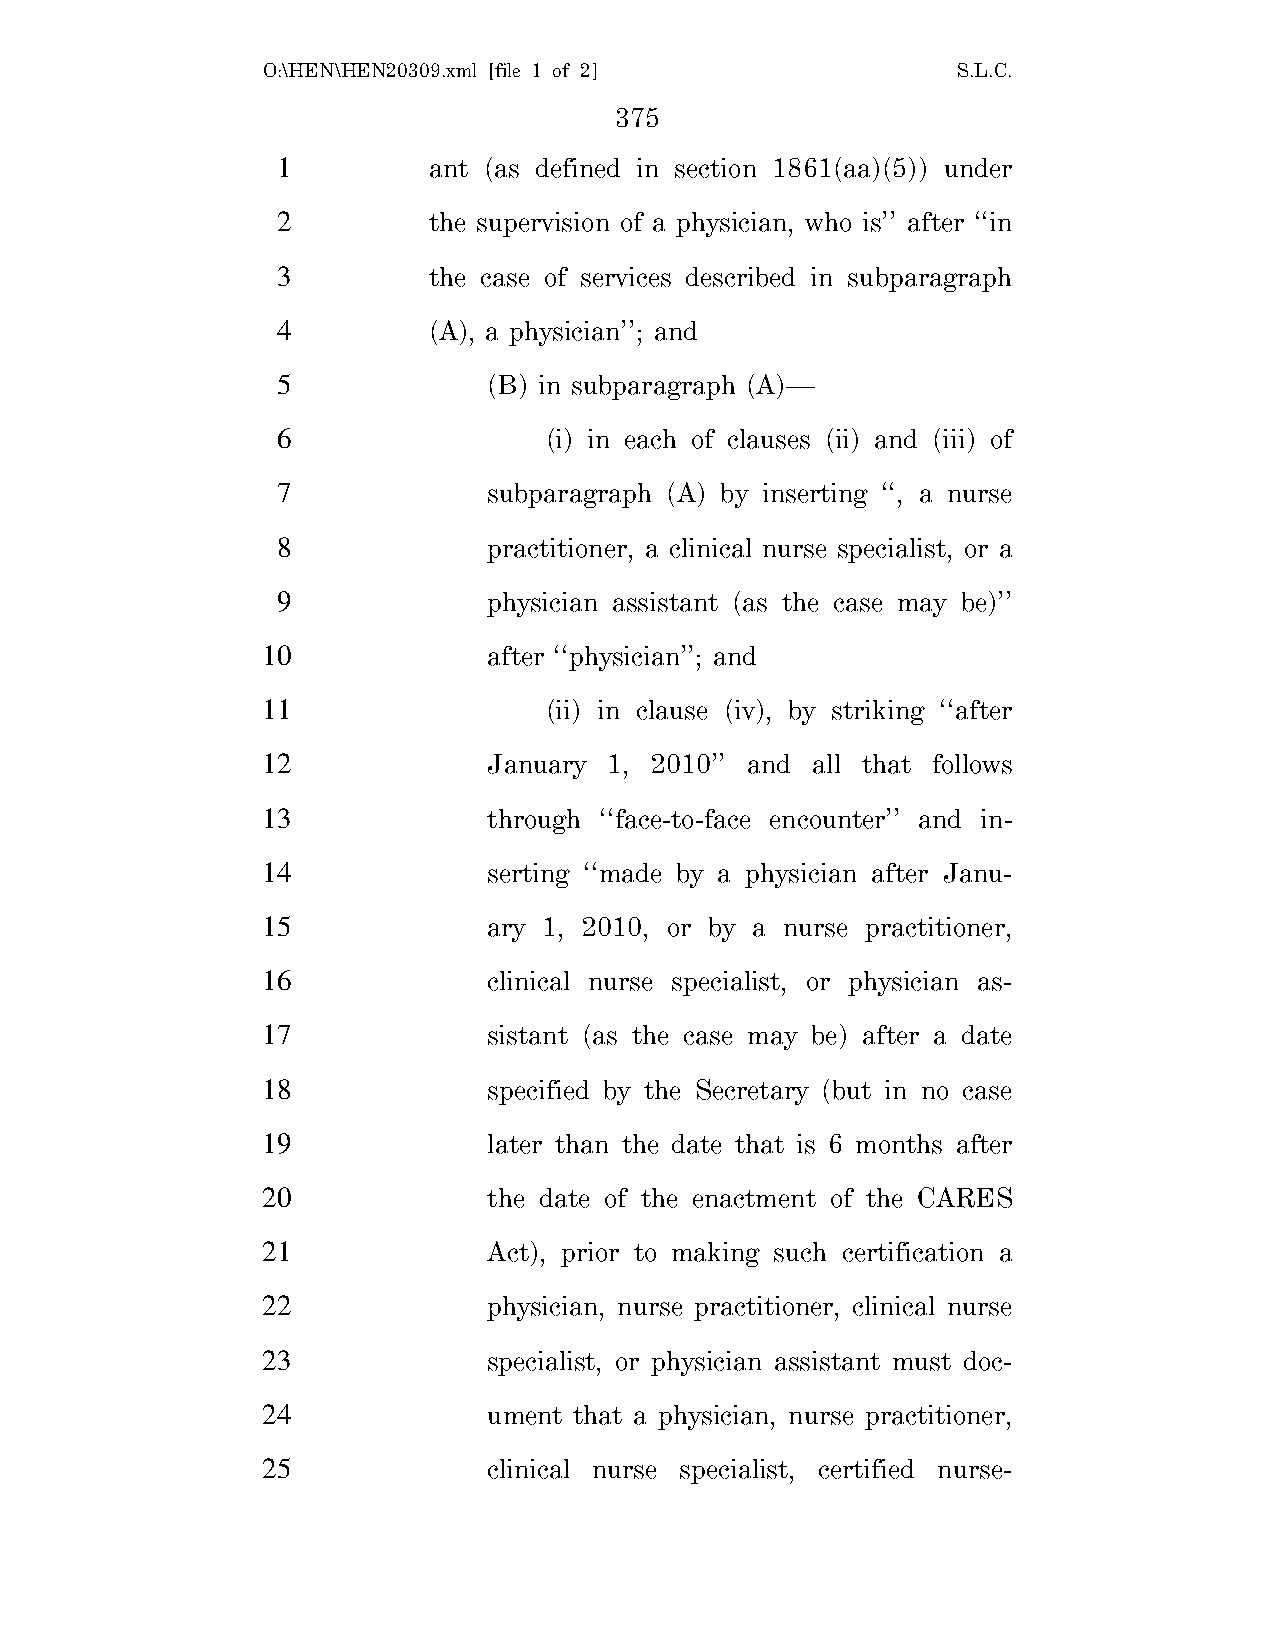
O:\HEN\HEN20309.xml [file 1 of 2]             S.L.C.
 375
 1         ant (as defined in section 1861(aa)(5)) under
 2         the supervision of a physician, who is’’ after ‘‘in
 3         the case of services described in subparagraph
 4         (A), a physician’’; and
 5             (B) in subparagraph (A)—
 6                 (i) in each of clauses (ii) and (iii) of
 7             subparagraph (A) by inserting ‘‘, a nurse
 8             practitioner, a clinical nurse specialist, or a
 9             physician assistant (as the case may be)’’
 10             after ‘‘physician’’; and
 11                 (ii) in clause (iv), by striking ‘‘after
 12             January 1, 2010’’ and all that follows
 13             through ‘‘face-to-face encounter’’ and in-
 14             serting ‘‘made by a physician after Janu-
 15             ary 1, 2010, or by a nurse practitioner,
 16             clinical nurse specialist, or physician as-
 17             sistant (as the case may be) after a date
 18             specified by the Secretary (but in no case
 19             later than the date that is 6 months after
 20             the date of the enactment of the CARES
 21             Act), prior to making such certification a
 22             physician, nurse practitioner, clinical nurse
 23             specialist, or physician assistant must doc-
 24             ument that a physician, nurse practitioner,
 25             clinical nurse specialist, certified nurse-